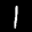
Label: 1